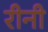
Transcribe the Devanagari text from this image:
रीनी